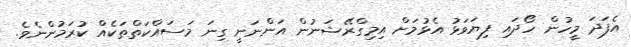
އެފަދަ މީހުން ހޯދައި ފިޔަވަޅު އެޅުމަށް އިމިގްރޭޝަނުން އަންނަނީ ގިނަ މަސައްކަތްތަކެއް ކުރަމުންނެވެ.